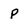
Character: P